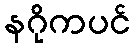
နဂိုကပင်